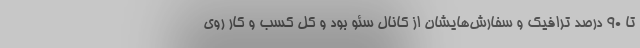
تا 90 درصد ترافیک و سفارش‌هایشان از کانال سئو بود و کل کسب و کار روی